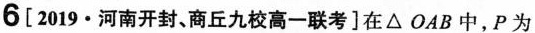
6[2019·河南开封、商丘九校高一联考]在△OAB中，P为